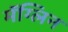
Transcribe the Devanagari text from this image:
मॅग्लिन